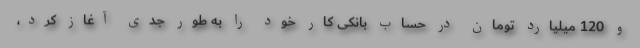
و 120 میلیارد تومان در حساب بانکی کار خود را به طور جدی آغاز کرد،